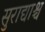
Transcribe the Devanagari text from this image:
सुराद्याश्च